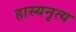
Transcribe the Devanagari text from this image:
हास्यनृत्य